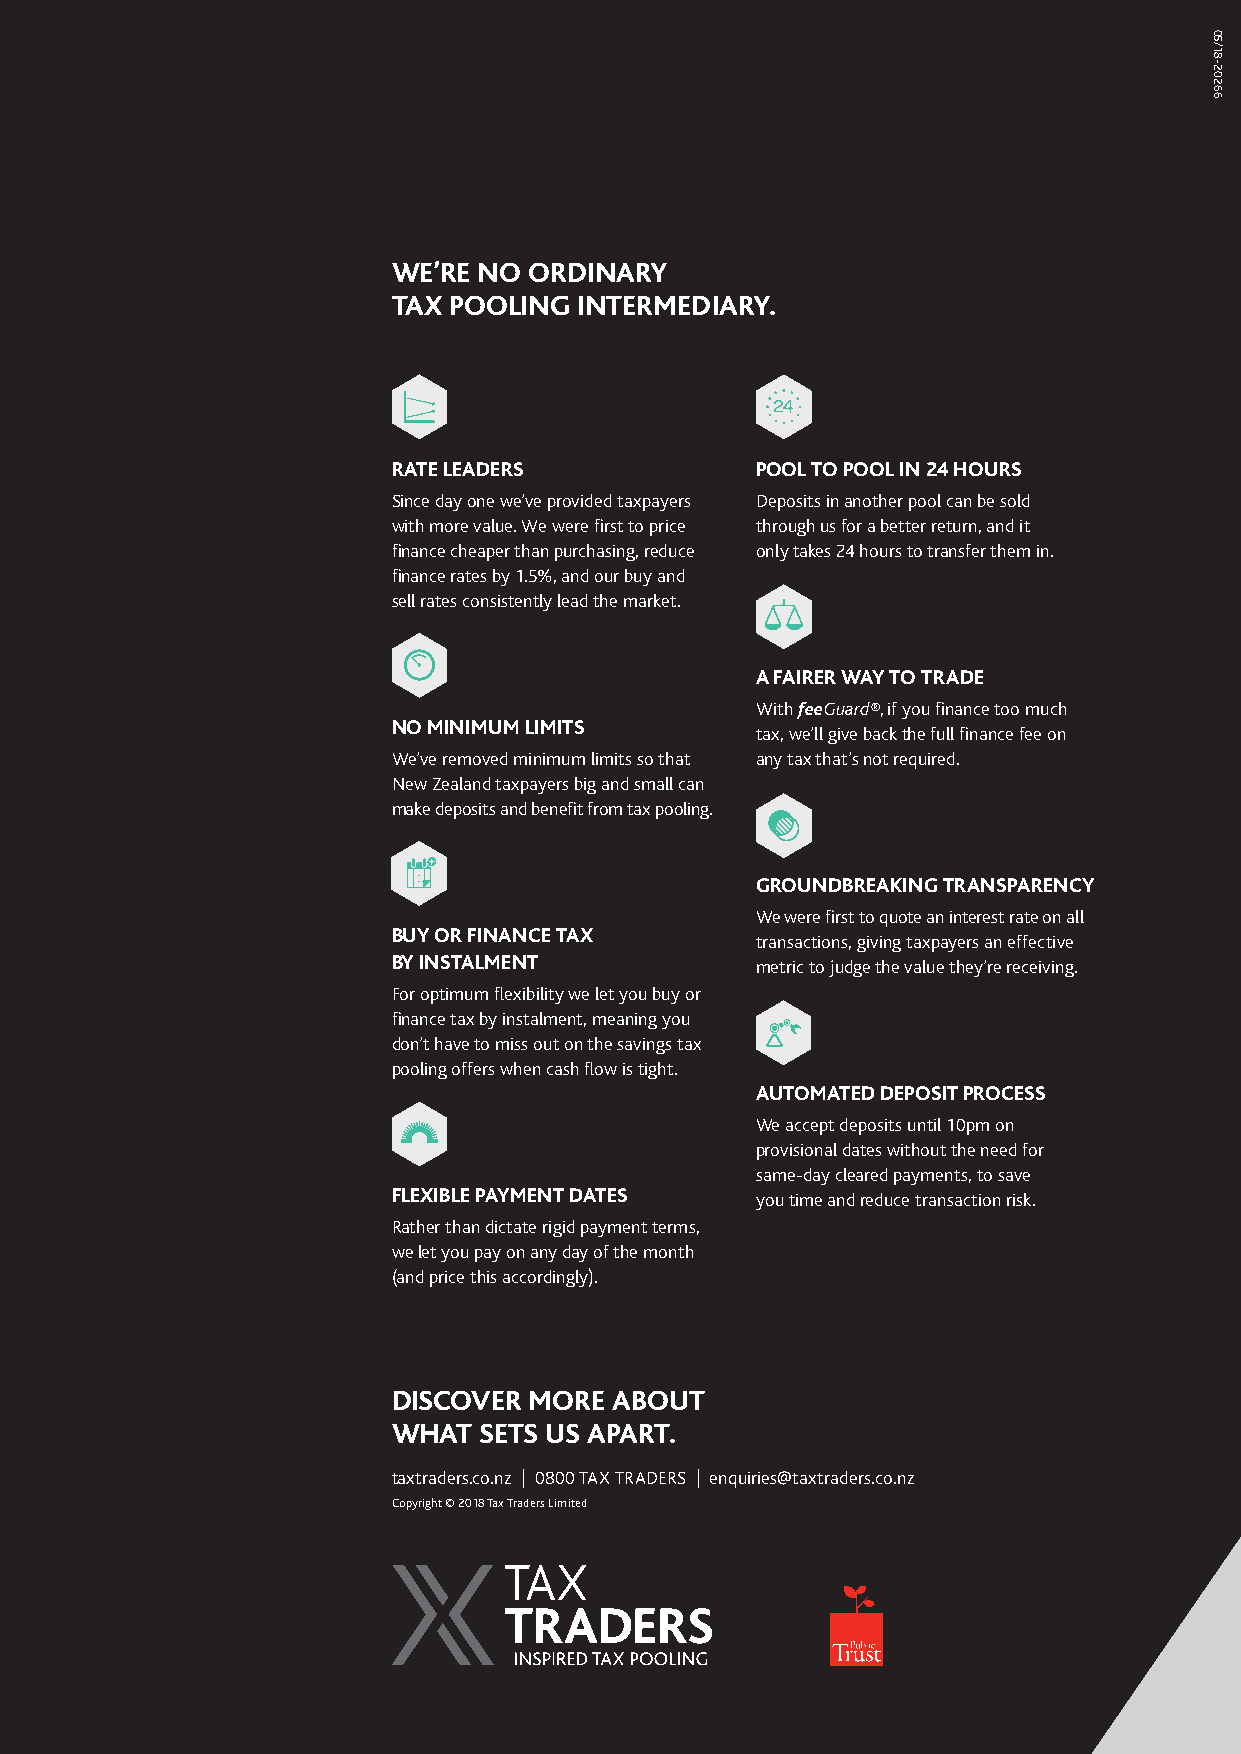
WE’RE NO ORDINARY
 TAX POOLING INTERMEDIARY.
 RATE LEADERS            POOL TO POOL IN 24 HOURS
 Since day one we’ve provided taxpayers Deposits in another pool can be sold
 with more value. We were first to price through us for a better return, and it
 finance cheaper than purchasing, reduce only takes 24 hours to transfer them in.
 finance rates by 1.5%, and our buy and
 sell rates consistently lead the market.
 A FAIRER WAY TO TRADE
 With feeGuard®, if you finance too much
 NO MINIMUM LIMITS
 tax, we’ll give back the full finance fee on
 We’ve removed minimum limits so that any tax that’s not required.
 New Zealand taxpayers big and small can
 make deposits and benefit from tax pooling.
 GROUNDBREAKING TRANSPARENCY
 We were first to quote an interest rate on all
 BUY OR FINANCE TAX
 transactions, giving taxpayers an effective
 BY INSTALMENT           metric to judge the value they’re receiving.
 For optimum flexibility we let you buy or
 finance tax by instalment, meaning you
 don’t have to miss out on the savings tax
 pooling offers when cash flow is tight.
 AUTOMATED DEPOSIT PROCESS
 We accept deposits until 10pm on
 provisional dates without the need for
 same-day cleared payments, to save
 FLEXIBLE PAYMENT DATES  you time and reduce transaction risk.
 Rather than dictate rigid payment terms,
 we let you pay on any day of the month
 (and price this accordingly).
 DISCOVER MORE  ABOUT
 WHAT  SETS US APART.
 taxtraders.co.nz | 0800 TAX TRADERS | enquiries@taxtraders.co.nz
 Copyright © 2018 Tax Traders Limited
 05/18-20266